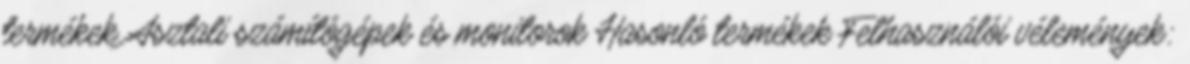
termékek Asztali számítógépek és monitorok Hasonló termékek Felhasználói vélemények: